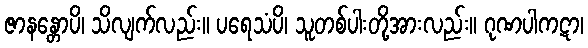
ဇာနန္တောပိ၊ သိလျက်လည်း။ ပရေသံပိ၊ သူတစ်ပါးတို့အားလည်း။ ဂုဏပါကဋာ၊